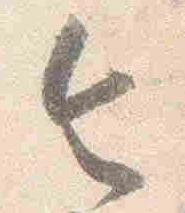
令